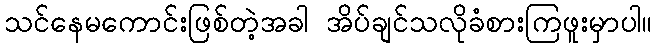
သင်နေမကောင်းဖြစ်တဲ့အခါ အိပ်ချင်သလိုခံစားကြဖူးမှာပါ။